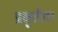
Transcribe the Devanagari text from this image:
प्रकृतीवर